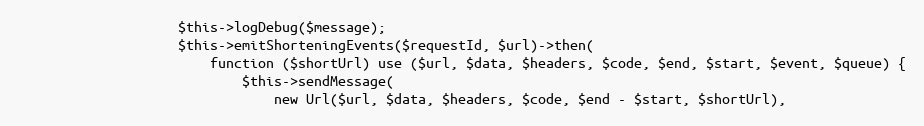
Language: PHP
                    $this->logDebug($message);
                    $this->emitShorteningEvents($requestId, $url)->then(
                        function ($shortUrl) use ($url, $data, $headers, $code, $end, $start, $event, $queue) {
                            $this->sendMessage(
                                new Url($url, $data, $headers, $code, $end - $start, $shortUrl),